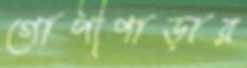
গোপীপাড়ার